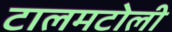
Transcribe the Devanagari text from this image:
टालमटोली